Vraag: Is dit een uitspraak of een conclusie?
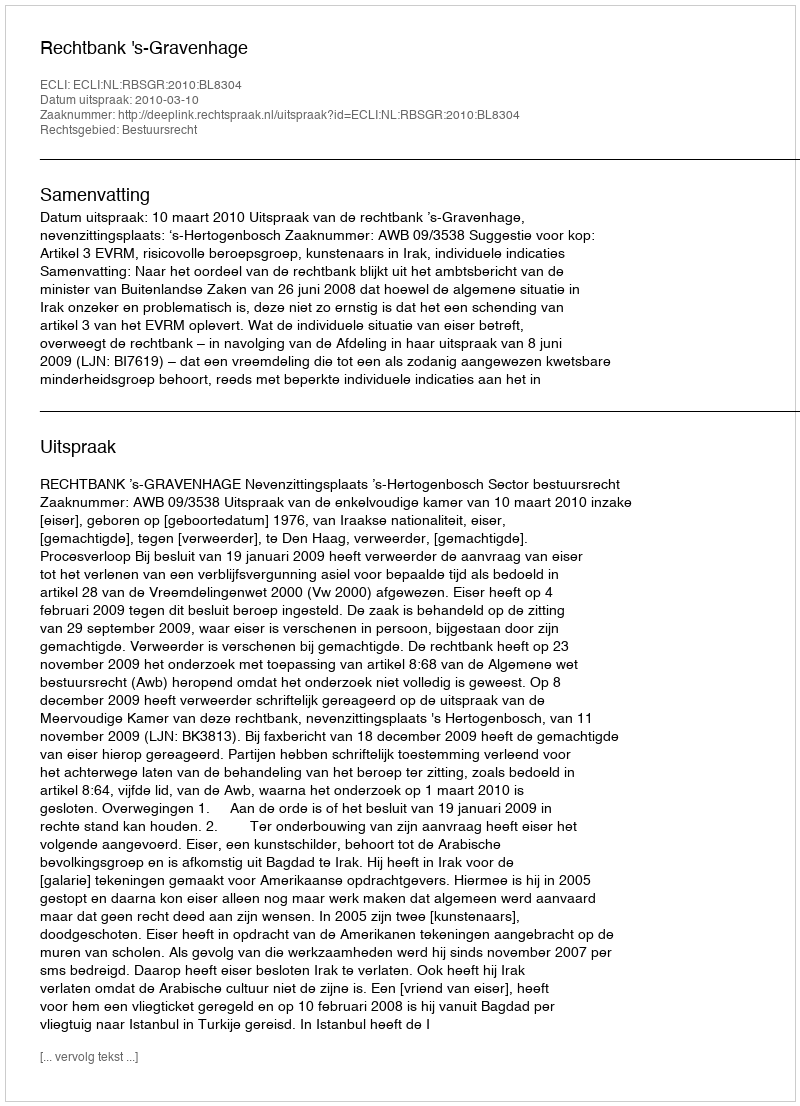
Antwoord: Uitspraak